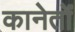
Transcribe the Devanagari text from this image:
कानेतों